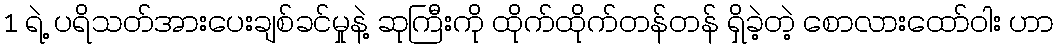
1 ရဲ့ ပရိသတ်အားပေးချစ်ခင်မှုနဲ့ ဆုကြီးကို ထိုက်ထိုက်တန်တန် ရှိခဲ့တဲ့ စောလားထော်ဝါး ဟာ